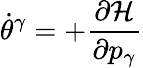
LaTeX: \dot{\theta}^{\gamma}=+\frac{\partial\mathcal{H}}{\partial p_{\gamma}}